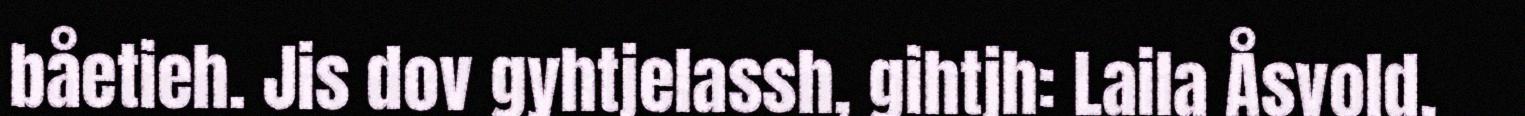
båetieh. Jis dov gyhtjelassh, gihtjh: Laila Åsvold,